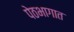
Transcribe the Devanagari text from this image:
पेठभागात